Civil Veterinary Department. Madras. Admin. report 1926-33 - 1926-1933
Year: 1926
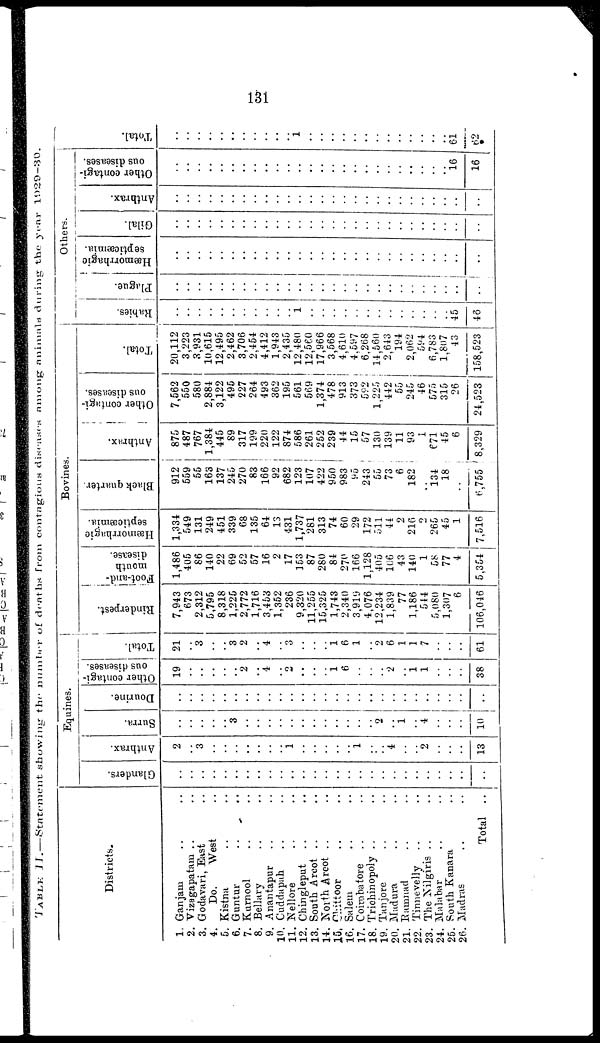
131
TABLE II.—Statement showing the number of deaths from contagious diseases among animals during the year 1929—30.
Districts.
1. Ganjam .. ..
2. Vizagapatam .. ..
3. Godavari, East .. ..
4.
Do.
West ..
5. Kistna .. ..
6. Guntur .. ..
7. Kurnool .. ..
8. Bellary .. ..
9. Anantapur .. ..
10. Cuddapah .. ..
11. Nellore .. ..
12. Chingleput .. ..
13. South Arcot .. ..
14. North Arcot .. ..
15. Chittoor .. ..
16. Salem .. ..
17. Coimbatore .. ..
18. Trichinopoly .. ..
19. Tanjore .. ..
20. Madura .. ..
21. Ramnad .. ..
22. Tinnevelly .. ..
23. The Nilgiris .. ..
24. Malabar .. ..
25. South Kanara ..
26. Madras .. ..
Total ..
Equines.
Glanders.
..
..
..
..
..
..
..
..
..
..
..
..
..
..
..
..
..
..
..
..
..
..
..
..
..
..
..
Anthrax.
2
..
3
..
..
..
..
..
..
..
1
..
..
..
..
..
1
..
..
4
..
..
2
..
..
..
13
Surra.
..
..
..
..
..
3
..
..
..
..
..
..
..
..
..
..
..
..
2
..
..
..
4
..
..
10
Dourine.
..
..
..
..
..
..
..
..
..
..
..
..
..
..
..
..
..
..
..
..
..
..
..
..
..
..
..
Other contagi-
ous diseases.
19
..
..
..
..
..
2
..
4
..
2
..
..
..
1
6
..
..
..
2
..
1 1
..
..
..
38
Total.
21
..
3
..
..
3
2
..
4
..
3
..
..
..
1
6
1
..
2
6
1
1
7
..
..
..
61
Bovines.
Rinderpest.
7,943
673
2,312
5,795
8,318
1,225
2,772
1,716
3,453
1,352
236
9,320
11,255
15,325
1,743
2,340
3,919
4,076
12,234
1,839
77
1,186
544
5,080
1,307
6
106,046
Foot-and-
mouth
disease.
1,486
405
86
140
22
69
52
57
16
2
17
153
87
280
84
270
166
1,128
405
106
43
140
1
58
77
4
5,354
Hæmorrhagic
septicæmia.
1,334
549
131
249
451
339
68
135
64
13
431
1,737
281
313
74
60
29
172
511
44
2
216
2
265
45
1
7,516
Black quarter.
912
559
55
163
137
245
270
83
166
92
682
123
107
422
950
983
95
243
55
73
6
182
..
134
18
..
6,755
Anthrax.
875
487
767
1,384
445
89
317
199
220
122
874
586
261
252
239
44
15
57
130
139
11
93
1
671
45
6
8,329
Other contagi-
ous diseases.
7,562
550
580
2,884
3,122
495
227
264
493
362
195
561
569
1,374
478
913
373
592
1,225
442
55
245
46
575
315
26
24,523
Total.
20,112
3,223
3,931
10,615
12,495
2,462
3,706
2,454
4,412
1,943
2,435
12,480
12,560
17,966
3,568
4,610
4,597
6,268
14,560
2,643
194
2,062
594
6,783
1,807
43
158,523
Others.
Rabies.
..
..
..
..
..
..
..
..
..
..
..
1
..
..
..
..
..
..
..
..
..
..
..
..
..
45
46
Plague.
..
..
..
..
..
..
..
..
..
..
..
..
..
..
..
..
..
..
..
..
..
..
..
..
..
..
..
Hæmorrhagic
septicæmia.
..
..
..
..
..
..
..
..
..
..
..
..
..
..
..
..
..
..
..
..
..
..
..
..
..
..
..
Gilal.
..
..
..
..
..
..
..
..
..
..
..
..
..
..
..
..
..
..
..
..
..
..
..
..
..
..
..
Anthrax.
..
..
..
..
..
..
..
..
..
..
..
..
..
..
..
..
..
..
..
..
..
..
..
..
..
..
..
Other contagi-
ous diseases.
..
..
..
..
..
..
..
..
..
..
..
..
..
..
..
..
..
..
..
..
..
..
..
..
..
16
16
Tot al .
..
..
..
..
..
..
..
..
..
..
..
1
..
..
..
..
..
..
..
..
..
..
..
..
..
61
62